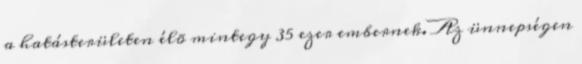
a hatásterületen élõ mintegy 35 ezer embernek. Az ünnepségen